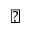
\blacktriangle